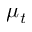
\mu _ { t }